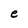
Character: e